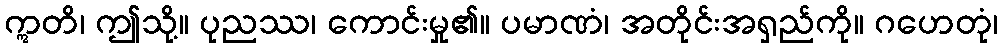
ဣတိ၊ ဤသို့။ ပုညဿ၊ ကောင်းမှု၏။ ပမာဏံ၊ အတိုင်းအရှည်ကို။ ဂဟေတုံ၊